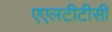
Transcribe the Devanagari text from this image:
एएलटीटीसी